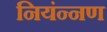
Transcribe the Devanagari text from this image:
नियंन्नण